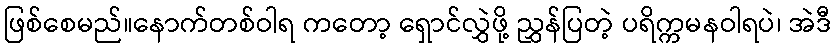
ဖြစ်စေမည်။နောက်တစ်ဝါရ ကတော့ ရှောင်လွှဲဖို့ ညွှန်ပြတဲ့ ပရိက္ကမနဝါရပဲ၊ အဲဒီ